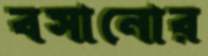
বসানোর